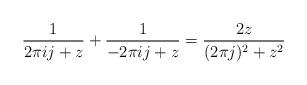
LaTeX: \begin{align*}\frac{1}{2 \pi i j + z } + \frac{1}{-2\pi i j + z} = \frac{ 2z}{ (2 \pi j)^2 + z^2 }\end{align*}